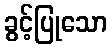
ခွင့်ပြုသော